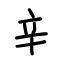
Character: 辛